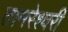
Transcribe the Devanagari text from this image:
तामरेश्वरी